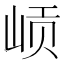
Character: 𱛨